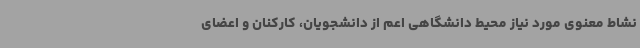
نشاط معنوی مورد نیاز محیط دانشگاهی اعم از دانشجویان، کارکنان و اعضای